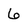
Character: 6